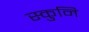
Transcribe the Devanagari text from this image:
स्कुनि